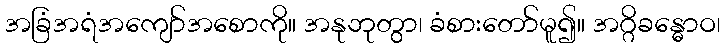
အခြံအရံအကျော်အစောကို။ အနုဘုတွာ၊ ခံစားတော်မူ၍။ အဂ္ဂိခန္ဓောဝ၊